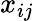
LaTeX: x_{ij}